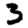
Digit: 3